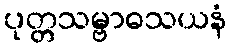
ပုတ္တသမ္ဗာဓသယနံ